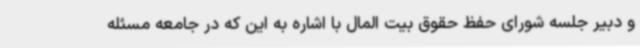
و دبیر جلسه شورای حفظ حقوق بیت المال با اشاره به این که در جامعه مسئله